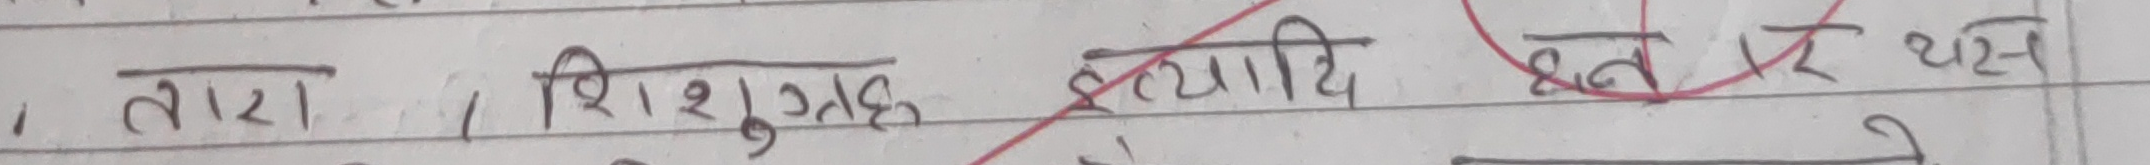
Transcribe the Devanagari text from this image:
, तारा । शिशुगृह इत्यादि हुँदैन पर थर स